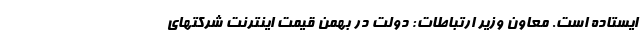
ایستاده است. معاون وزیر ارتباطات: دولت در بهمن قیمت اینترنت شرکتهای